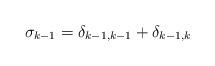
LaTeX: \begin{align*} \sigma_{k-1} = \delta_{{k}-1,{k}-1} + \delta_{{k}-1,{k}} \end{align*}